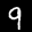
Label: 9